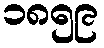
၁၈၅၉